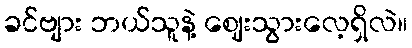
ခင်ဗျား ဘယ်သူနဲ့ ဈေးသွားလေ့ရှိလဲ။